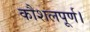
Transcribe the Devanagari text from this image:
कौशलपूर्ण।